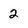
Character: 2